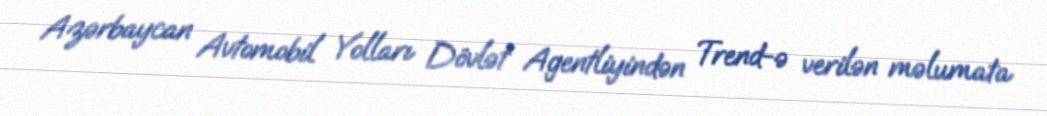
Azərbaycan Avtomobil Yolları Dövlət Agentliyindən Trend-ə verilən məlumata